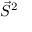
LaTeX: { \vec { S } } ^ { 2 }